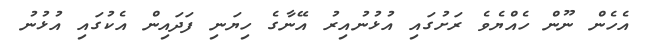
އެހެން ނޫން ހެއްޔެވެ ރަށުގައި އުޅުނުއިރު އޭނާގެ ހިޔަނި ފަދައިން އެކުގައި އުޅުނު